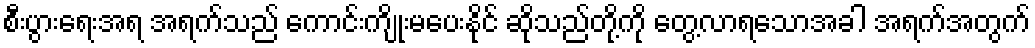
စီးပွားရေးအရ အရက်သည် ကောင်းကျိုးမပေးနိုင် ဆိုသည်တို့ကို တွေ့လာရသောအခါ အရက်အတွက်